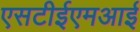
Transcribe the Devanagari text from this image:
एसटीईएमआई